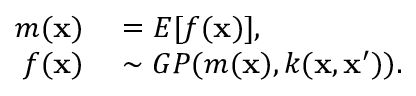
\begin{array} { r l } { m ( \mathbf { x } ) } & { { } = E [ f ( \mathbf { x } ) ] , } \\ { f ( \mathbf { x } ) } & { { } \sim G P ( m ( \mathbf { x } ) , k ( \mathbf { x } , \mathbf { x } ^ { \prime } ) ) . } \end{array}